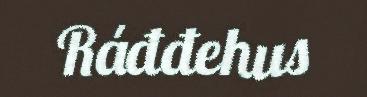
Ráđđehus